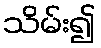
သိမ်း၍